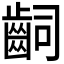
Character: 𪗪